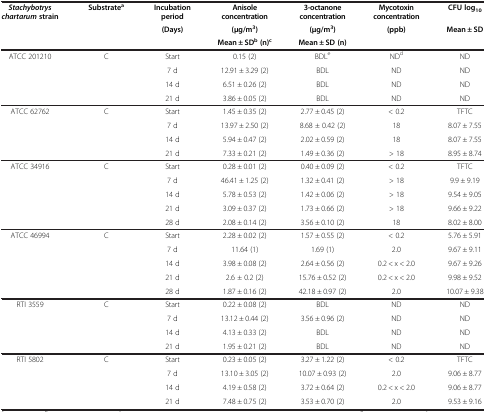
<table><thead><tr><td rowspan="3"><b><i>Stachybotrys chartarum </i>strain</b></td><td rowspan="3"><b>Substrate<sup>a</sup></b></td><td><b>Incubation period</b></td><td><b>Anisole concentration</b></td><td><b>3-octanone concentration</b></td><td><b>Mycotoxin concentration</b></td><td><b>CFU log<sub>10</sub></b></td></tr><tr><td rowspan="2"><b>(Days)</b></td><td><b>(μg/m<sup>3</sup>)</b></td><td><b>(μg/m<sup>3</sup>)</b></td><td rowspan="2"><b>(ppb)</b></td><td rowspan="2"><b>Mean ± SD</b></td></tr><tr><td><b>Mean ± SD<sup>b </sup>(n)<sup>c</sup></b></td><td><b>Mean ± SD (n)</b></td></tr></thead><tbody><tr><td>ATCC 201210</td><td>C</td><td>Start</td><td>0.15 (2)</td><td>BDL<sup>e</sup></td><td>ND<sup>d</sup></td><td>ND</td></tr><tr><td> </td><td> </td><td>7 d</td><td>12.91 ± 3.29 (2)</td><td>BDL</td><td>ND</td><td>ND</td></tr><tr><td> </td><td> </td><td>14 d</td><td>6.51 ± 0.26 (2)</td><td>BDL</td><td>ND</td><td>ND</td></tr><tr><td> </td><td> </td><td>21 d</td><td>3.86 ± 0.05 (2)</td><td>BDL</td><td>ND</td><td>ND</td></tr><tr><td>ATCC 62762</td><td>C</td><td>Start</td><td>1.45 ± 0.35 (2)</td><td>2.77 ± 0.45 (2)</td><td>&lt; 0.2</td><td>TFTC</td></tr><tr><td> </td><td> </td><td>7 d</td><td>13.97 ± 2.50 (2)</td><td>8.68 ± 0.42 (2)</td><td>18</td><td>8.07 ± 7.55</td></tr><tr><td> </td><td> </td><td>14 d</td><td>5.94 ± 0.47 (2)</td><td>2.02 ± 0.59 (2)</td><td>18</td><td>8.07 ± 7.55</td></tr><tr><td> </td><td> </td><td>21 d</td><td>7.33 ± 0.21 (2)</td><td>1.49 ± 0.36 (2)</td><td>&gt; 18</td><td>8.95 ± 8.74</td></tr><tr><td>ATCC 34916</td><td>C</td><td>Start</td><td>0.28 ± 0.01 (2)</td><td>0.40 ± 0.09 (2)</td><td>&lt; 0.2</td><td>TFTC</td></tr><tr><td> </td><td> </td><td>7 d</td><td>46.41 ± 1.25 (2)</td><td>1.32 ± 0.41 (2)</td><td>&gt; 18</td><td>9.9 ± 9.19</td></tr><tr><td> </td><td> </td><td>14 d</td><td>5.78 ± 0.53 (2)</td><td>1.42 ± 0.06 (2)</td><td>&gt; 18</td><td>9.54 ± 9.05</td></tr><tr><td> </td><td> </td><td>21 d</td><td>3.09 ± 0.37 (2)</td><td>1.73 ± 0.66 (2)</td><td>&gt; 18</td><td>9.66 ± 9.22</td></tr><tr><td> </td><td> </td><td>28 d</td><td>2.08 ± 0.14 (2)</td><td>3.56 ± 0.10 (2)</td><td>18</td><td>8.02 ± 8.00</td></tr><tr><td>ATCC 46994</td><td>C</td><td>Start</td><td>2.28 ± 0.02 (2)</td><td>1.57 ± 0.55 (2)</td><td>&lt; 0.2</td><td>5.76 ± 5.91</td></tr><tr><td> </td><td> </td><td>7 d</td><td>11.64 (1)</td><td>1.69 (1)</td><td>2.0</td><td>9.67 ± 9.11</td></tr><tr><td> </td><td> </td><td>14 d</td><td>3.98 ± 0.08 (2)</td><td>2.64 ± 0.56 (2)</td><td>0.2 &lt; x &lt; 2.0</td><td>9.67 ± 9.26</td></tr><tr><td> </td><td> </td><td>21 d</td><td>2.6 ± 0.2 (2)</td><td>15.76 ± 0.52 (2)</td><td>0.2 &lt; x &lt; 2.0</td><td>9.98 ± 9.52</td></tr><tr><td> </td><td> </td><td>28 d</td><td>1.87 ± 0.16 (2)</td><td>42.18 ± 0.97 (2)</td><td>2.0</td><td>10.07 ± 9.38</td></tr><tr><td>RTI 3559</td><td>C</td><td>Start</td><td>0.22 ± 0.08 (2)</td><td>BDL</td><td>ND</td><td>ND</td></tr><tr><td> </td><td> </td><td>7 d</td><td>13.12 ± 0.44 (2)</td><td>3.56 ± 0.96 (2)</td><td>ND</td><td>ND</td></tr><tr><td> </td><td> </td><td>14 d</td><td>4.13 ± 0.33 (2)</td><td>BDL</td><td>ND</td><td>ND</td></tr><tr><td> </td><td> </td><td>21 d</td><td>1.95 ± 0.21 (2)</td><td>BDL</td><td>ND</td><td>ND</td></tr><tr><td>RTI 5802</td><td>C</td><td>Start</td><td>0.23 ± 0.05 (2)</td><td>3.27 ± 1.22 (2)</td><td>&lt; 0.2</td><td>TFTC</td></tr><tr><td> </td><td> </td><td>7 d</td><td>13.10 ± 3.05 (2)</td><td>10.07 ± 0.93 (2)</td><td>2.0</td><td>9.06 ± 8.77</td></tr><tr><td> </td><td> </td><td>14 d</td><td>4.19 ± 0.58 (2)</td><td>3.72 ± 0.64 (2)</td><td>0.2 &lt; x &lt; 2.0</td><td>9.06 ± 8.77</td></tr><tr><td> </td><td> </td><td>21 d</td><td>7.48 ± 0.75 (2)</td><td>3.53 ± 0.70 (2)</td><td>2.0</td><td>9.53 ± 9.16</td></tr></tbody></table>